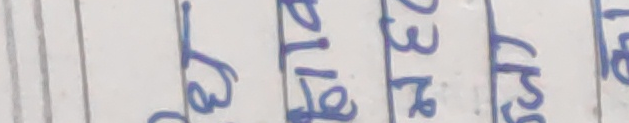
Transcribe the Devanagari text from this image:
बाट २७
बाट
२३%
हरि